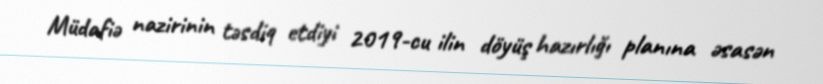
Müdafiə nazirinin təsdiq etdiyi 2019-cu ilin döyüş hazırlığı planına əsasən